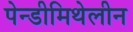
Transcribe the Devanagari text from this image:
पेन्डीमिथेलीन